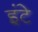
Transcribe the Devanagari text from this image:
इंटे